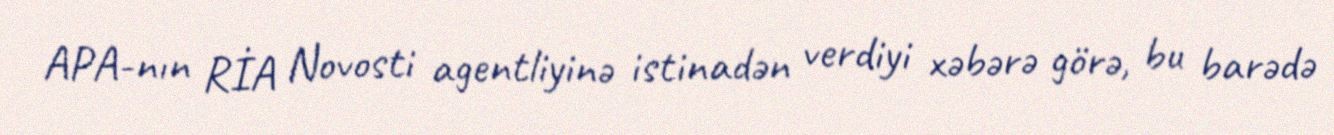
APA-nın RİA Novosti agentliyinə istinadən verdiyi xəbərə görə, bu barədə